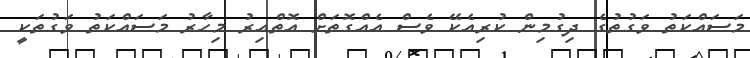
މަސައްކަތު ވަގުތުގެ ދިގުމިން ކުރިއެކޭ ވެސް އެއްގޮތަށް އޮތްއިރު މިހާރު މަސައްކަތު ވަގުތަކީ